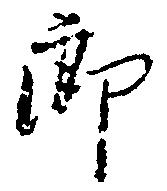
郎